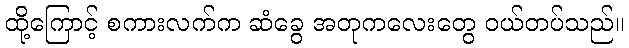
ထို့ကြောင့် စကားလက်က ဆံခွေ အတုကလေးတွေ ဝယ်တပ်သည်။